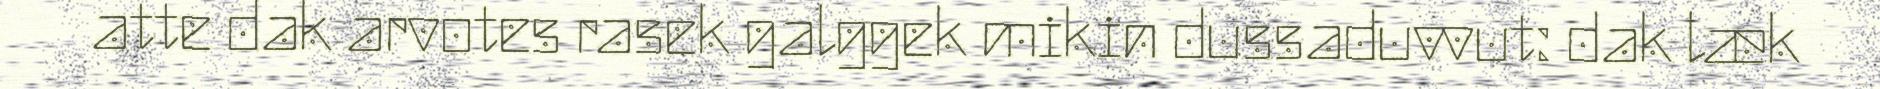
atte dak arvotes rasek galggek mikin dussaduvvut: dak læk